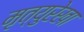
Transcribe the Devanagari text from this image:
मृत्युरेखा